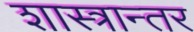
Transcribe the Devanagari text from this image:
शास्त्रान्तर